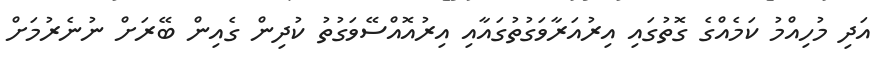
އަދި މުހިއްމު ކަމެއްގެ ގޮތުގައި އިރުއަރާވަގުތުގައާއި އިރުއޮއްސޭވަގުތު ކުދިން ގެއިން ބޭރަށް ނުނެރުމަށް